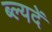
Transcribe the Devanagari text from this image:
ब्ल्यदें